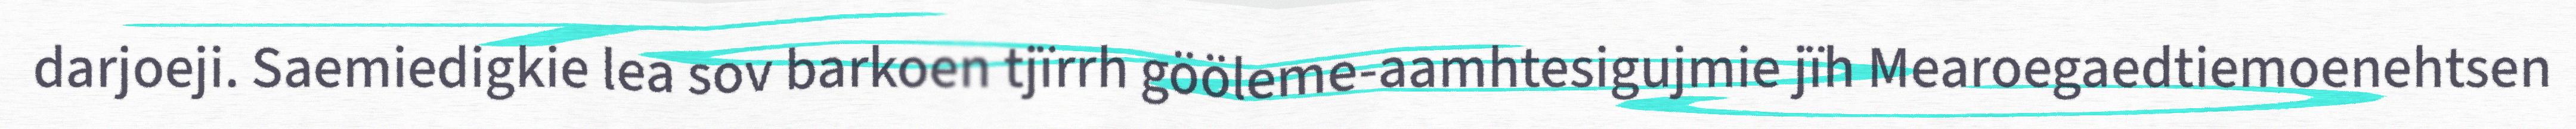
darjoeji. Saemiedigkie lea sov barkoen tjïrrh gööleme-aamhtesigujmie jïh Mearoegaedtiemoenehtsen